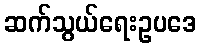
ဆက်သွယ်ရေးဥပဒေ